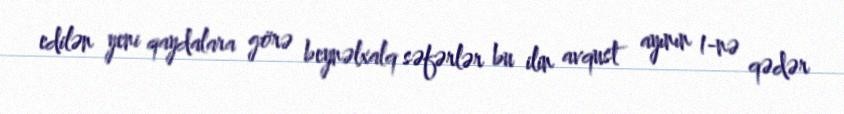
edilən yeni qaydalara görə beynəlxalq səfərlər bu ilin avqust ayının 1-nə qədər